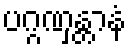
ပဂ္ဂဏှန္တာနံ